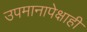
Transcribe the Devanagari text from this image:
उपमानापेक्षाही